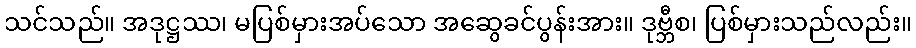
သင်သည်။ အဒုဋ္ဌဿ၊ မပြစ်မှားအပ်သော အဆွေခင်ပွန်းအား။ ဒုဗ္ဘီစ၊ ပြစ်မှားသည်လည်း။